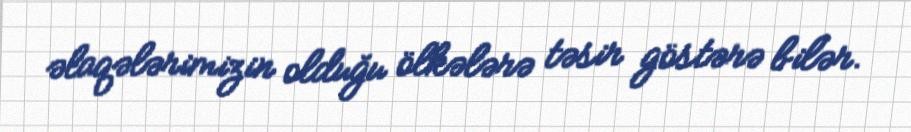
əlaqələrimizin olduğu ölkələrə təsir göstərə bilər.